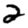
Digit: 2